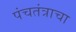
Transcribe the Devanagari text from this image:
पंचतंत्राचा